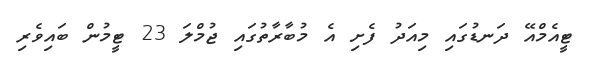
ޓީއެމްއޭ ދަނޑުގައި މިއަދު ފެށި އެ މުބާރާތުގައި ޖުމްލަ 23 ޓީމުން ބައިިވެރި